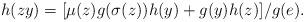
LaTeX: \begin{align*}h(zy)=[\mu(z)g(\sigma(z))h(y)+g(y)h(z)]/g(e).\end{align*}